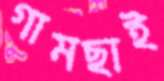
গামছাই